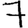
Digit: 7